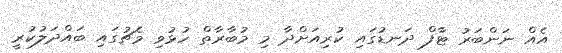
އެއް ނަންބަރު ޓާފް ދަނޑުގައި ކުރިއަށްދާ މި މުބާރާތް ހުޅުވި މެޗުގައި ބައްދަލުކުރީ